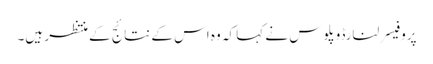
پروفیسر لنارڈوپلوس نے کہا کہ وہ اس کے نتائج کے منتظر ہیں۔